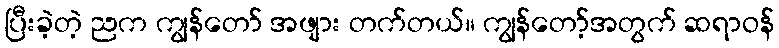
ပြီးခဲ့တဲ့ ညက ကျွန်တော် အဖျား တက်တယ်။ ကျွန်တော့်အတွက် ဆရာဝန်